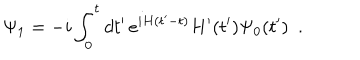
LaTeX: \Psi _ { 1 } = - i \int _ { 0 } ^ { t } d t ^ { \prime } \, e ^ { i H ( t ^ { \prime } - t ) } H ^ { \prime } ( t ^ { \prime } ) \Psi _ { 0 } ( t ^ { \prime } ) ~ ~ .